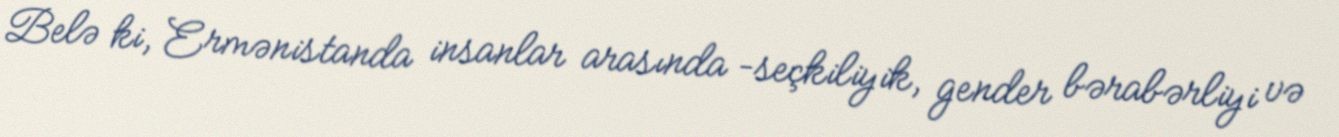
Belə ki, Ermənistanda insanlar arasında –seçkiliyik, gender bərabərliyi və